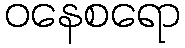
ဝနေစရော